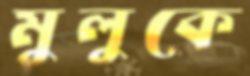
মুলুকে